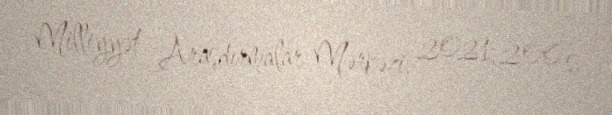
Milliyyət Araşdırmalar Mərkəzi, 2021, 200 s.